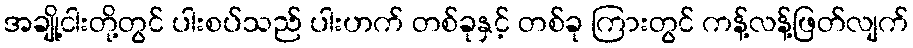
အချို့ငါးတို့တွင် ပါးစပ်သည် ပါးဟက် တစ်ခုနှင့် တစ်ခု ကြားတွင် ကန့်လန့်ဖြတ်လျက်